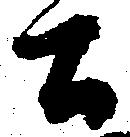
間